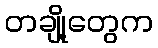
တချို့တွေက